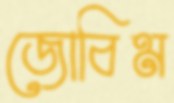
জোবিম